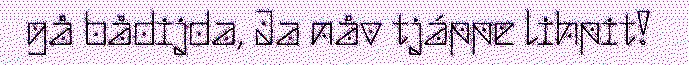
gå bådijda, Ja nåv tjáppe lihpit!